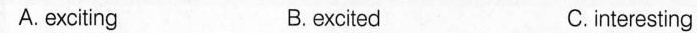
A.exciting B.excited C.interesting